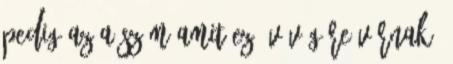
pedig az a szám amit ez év végére várnak.